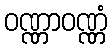
ဝဏ္ဏာဝဏ္ဏံ